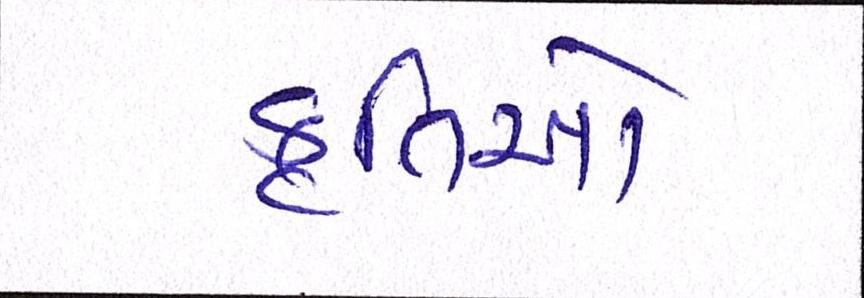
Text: કૃતિઓ